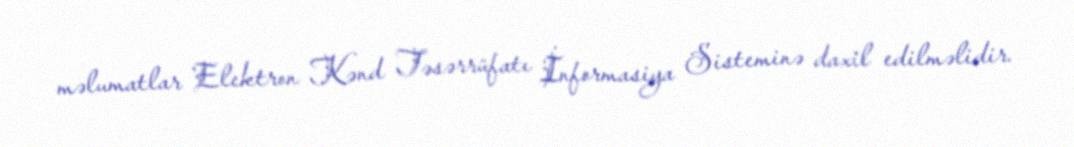
məlumatlar Elektron Kənd Təsərrüfatı İnformasiya Sisteminə daxil edilməlidir.